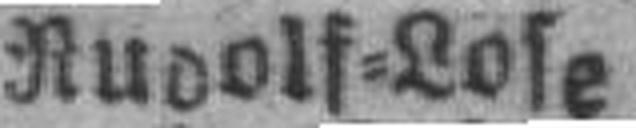
Rudolf=Lose